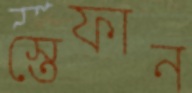
স্তেফান